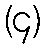
(၄)